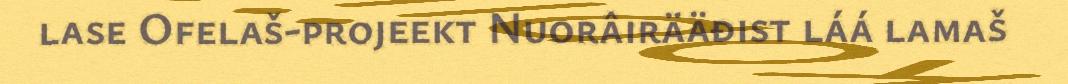
lase Ofelaš-projeekt Nuorâirääđist láá lamaš